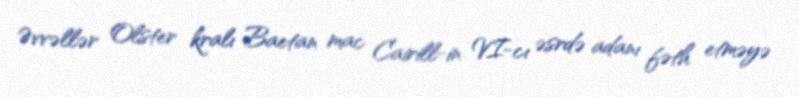
Əvvəllər Olster kralı Baetan mac Cairill-in VI-cı əsrdə adanı fəth etməyə